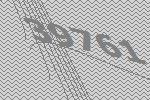
39761